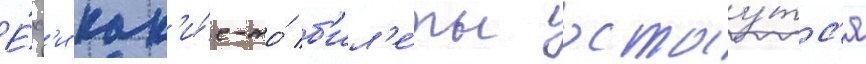
Е́сл'и как'и́е-то́ б'ил'е́ты остау́тс'я